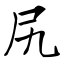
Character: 尻